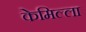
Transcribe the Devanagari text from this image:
केमिल्ला